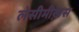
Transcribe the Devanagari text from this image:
लेसीमीख़स